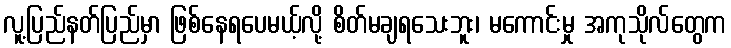
လူ့ပြည်နတ်ပြည်မှာ ဖြစ်နေရပေမယ့်လို့ စိတ်မချရသေးဘူး၊ မကောင်းမှု အကုသိုလ်တွေက